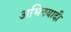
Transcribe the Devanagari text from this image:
अभिनयादी